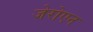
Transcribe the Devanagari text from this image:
जेरोएन